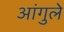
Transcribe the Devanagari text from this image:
आंगुले